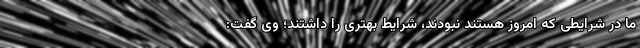
ما در شرایطی که امروز هستند نبودند، شرایط بهتری را داشتند؛ وی گفت: